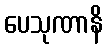
ပေသုဏာနိ